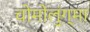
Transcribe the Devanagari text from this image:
चोमोलुंग्मा